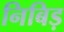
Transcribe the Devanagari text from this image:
निबिड़